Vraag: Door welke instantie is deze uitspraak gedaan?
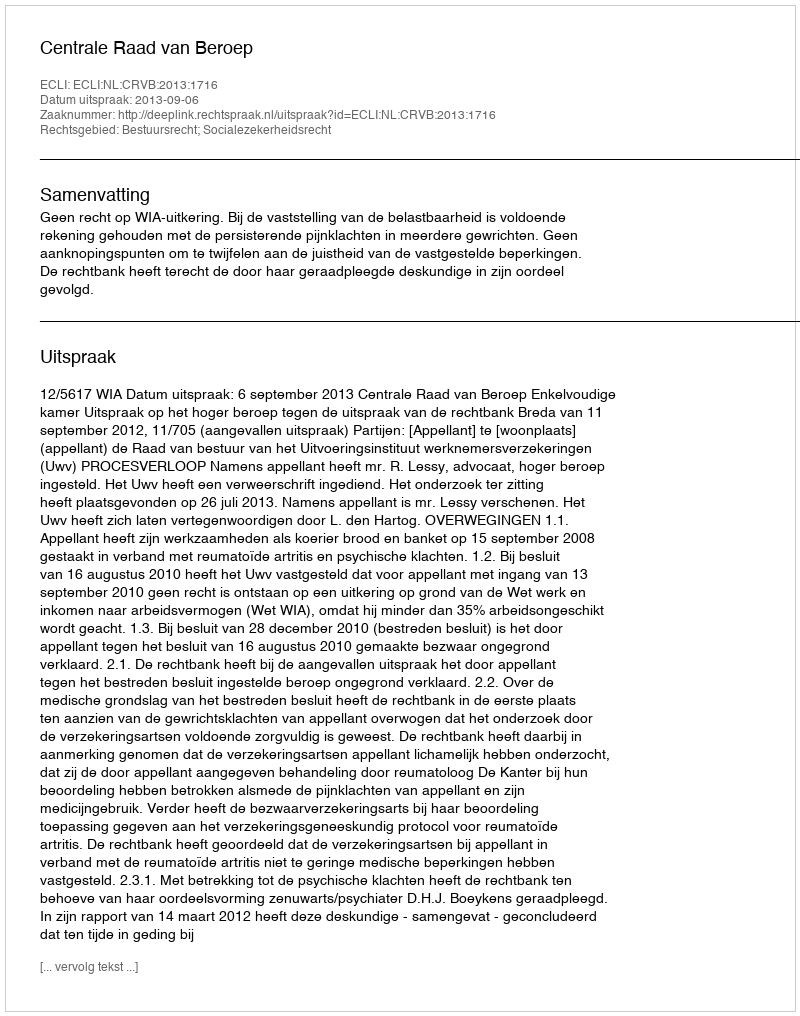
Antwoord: Centrale Raad van Beroep